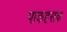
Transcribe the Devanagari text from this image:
पाकहंसक